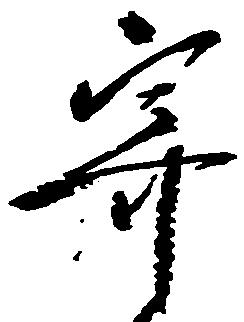
寄